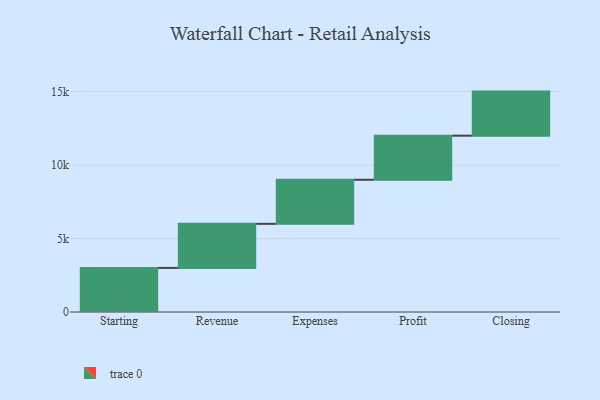
{"axis": {"x": "Step", "y": "Value"}, "legend": [""], "data": [{"x": "Starting", "y": 3000, "type": ""}, {"x": "Revenue", "y": 3000, "type": ""}, {"x": "Expenses", "y": 3000, "type": ""}, {"x": "Profit", "y": 3000, "type": ""}, {"x": "Closing", "y": 3000, "type": ""}]}